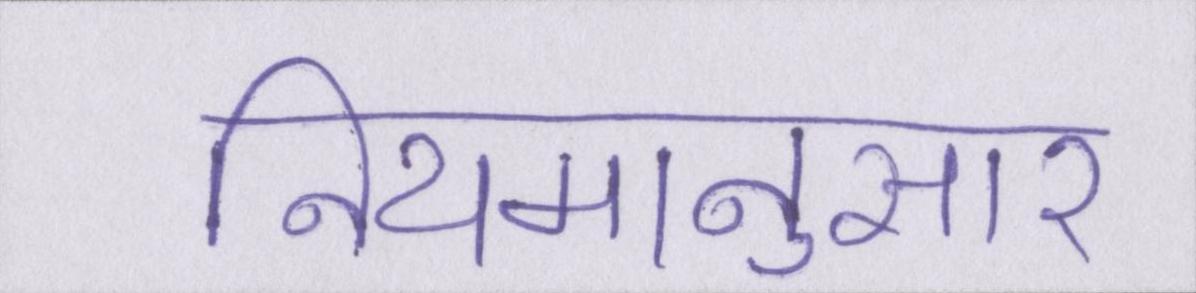
नियमानुसार